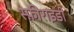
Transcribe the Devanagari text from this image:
स्फ़ीराइडी